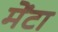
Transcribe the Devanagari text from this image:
मेंटा